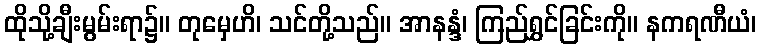
ထိုသို့ချီးမွမ်းရာ၌။ တုမှေဟိ၊ သင်တို့သည်။ အာနန္ဒံ၊ ကြည်ရွှင်ခြင်းကို။ နကရဏီယံ၊